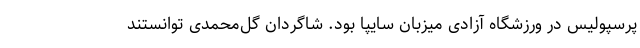
پرسپولیس در ورزشگاه آزادی میزبان سایپا بود. شاگردان گل‌محمدی توانستند